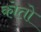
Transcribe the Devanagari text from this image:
कोतो